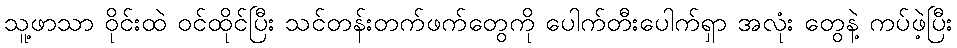
သူ့ဖာသာ ဝိုင်းထဲ ဝင်ထိုင်ပြီး သင်တန်းတက်ဖက်တွေကို ပေါက်တီးပေါက်ရှာ အလုံး တွေနဲ့ ကပ်ဖဲ့ပြီး